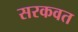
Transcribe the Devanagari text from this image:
सरकवत